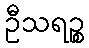
ဦသရဉ္စ